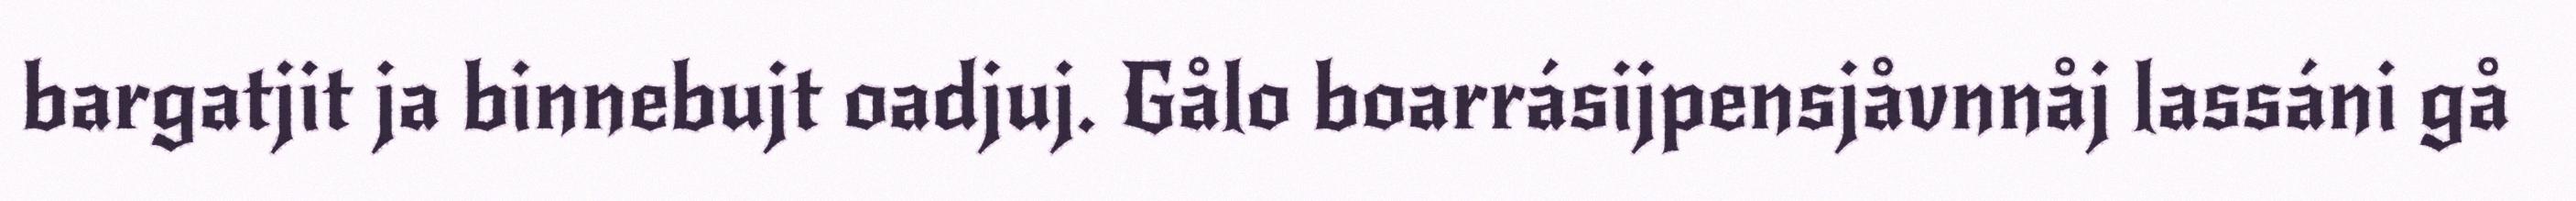
bargatjit ja binnebujt oadjuj. Gålo boarrásijpensjåvnnåj lassáni gå